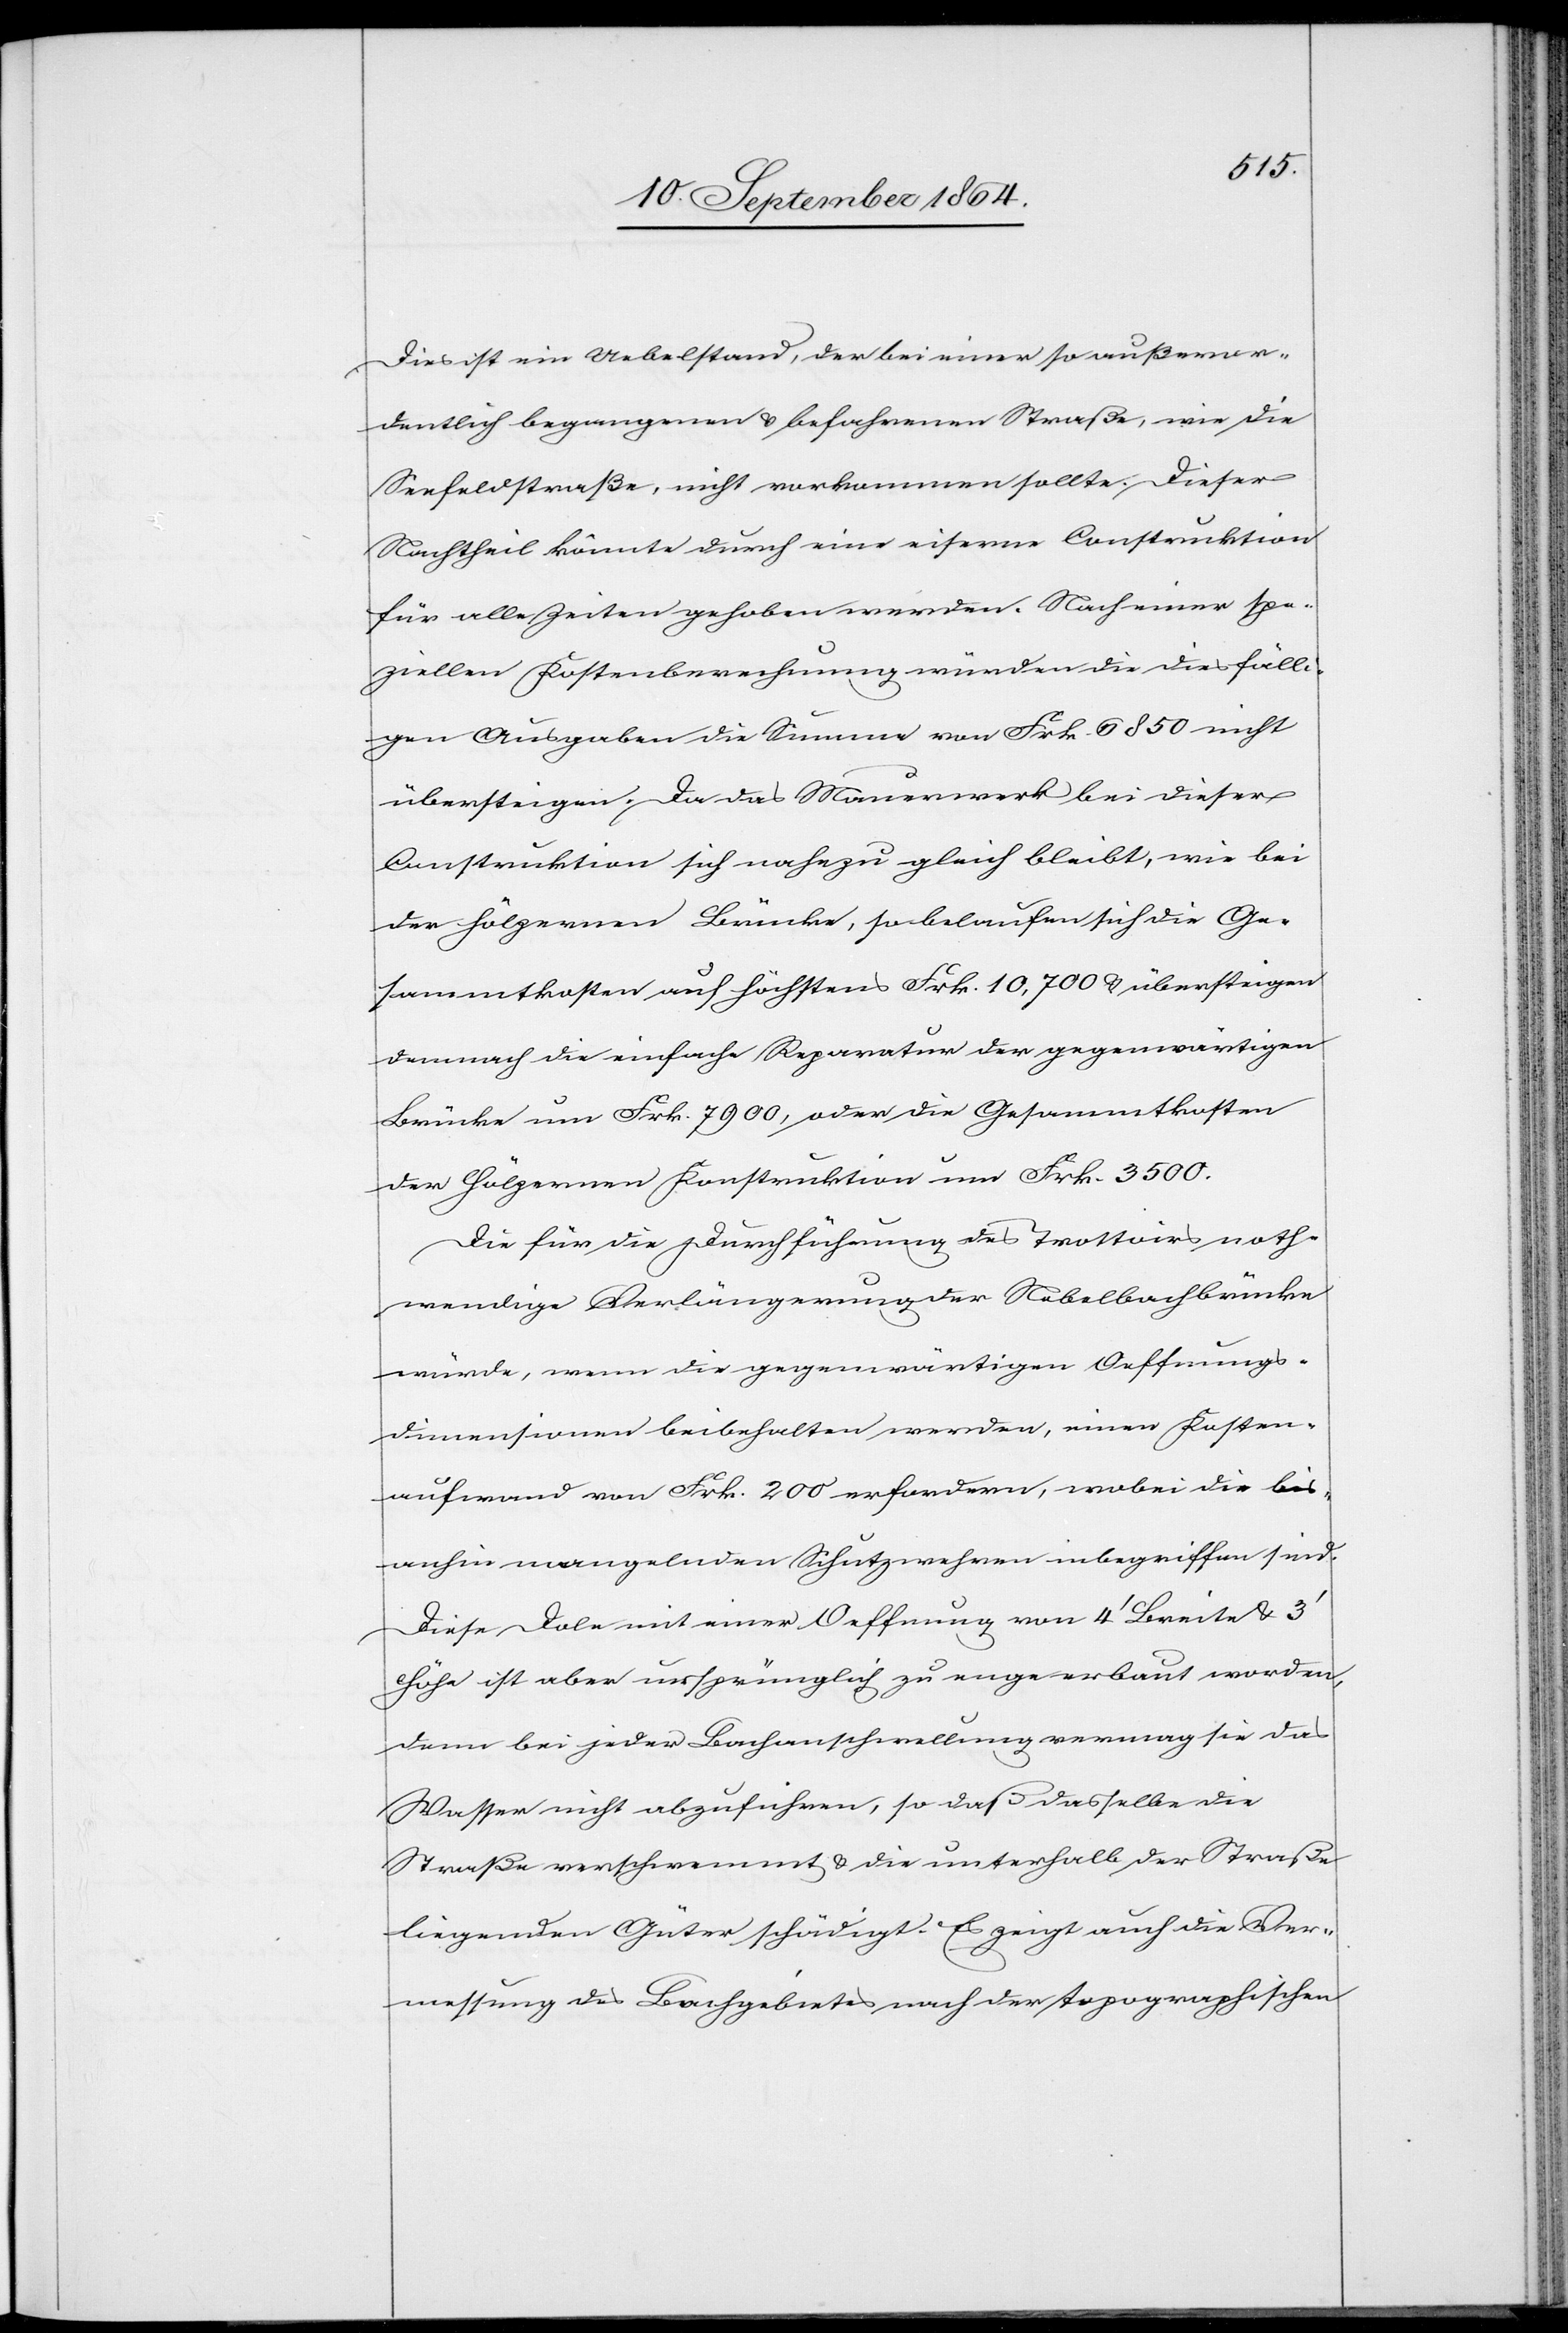
Dies ist ein Uebelstand, der bei einer so außeror¬
dentlich begangenen & befahrenen Straße, wie die
Seefeldstraße, nicht vorkommen sollte. Dieser
Nachtheil könnte durch eine eiserne Construktion
für alle Zeiten gehoben werden. Nach einer spe¬
ziellen Kostenberechnung würden die diesfälli¬
gen Ausgaben die Summe von Frk. 6 850 nicht
übersteigen. Da das Mauerwerk bei dieser
Construktion sich nahezu gleich bleibt, wie bei
der hölzernen Brücke, so belaufen sich die Ge¬
sammtkosten auf höchstens Frk. 10,700 & übersteigen
demnach die einfache Reparatur der gegenwärtigen
Brücke um Frk. 7 900, oder die Gesammtkosten
der hölzernen Konstruktion um Frk. 3 500.
Die für die Durchführung des Trottoirs noth¬
wendige Verlängerung der Nebelbachbrücke
würde, wenn die gegenwärtigen Oeffnungs¬
dimensionen beibehalten werden, einen Kosten¬
aufwand von Frk. 200 erfordern, wobei die bis¬
anhin mangelnden Schutzwehren inbegriffen sind.
Diese Dole mit einer Oeffnung von 4’ Breite & 3’
Höhe ist aber ursprünglich zu enge erbaut worden,
denn bei jeder Bachanschwellung vermag sie das
Wasser nicht abzuführen, so daß dasselbe die
Straße verschwemmt & die unterhalb der Straße
liegenden Güter schädigt. Es zeigt auch die Ver¬
messung des Bachgebietes nach der topographischen